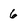
Character: 6